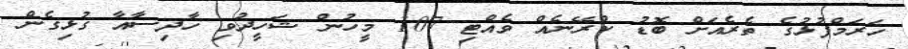
ހަރަމްފުޅުގެ ތެރެއަށް ބޮޑު ކްރޭނެއް ވެއްޓި 107 މީހުން ޝަހީދުވި ހާދިސާއާ ގުޅިގެން